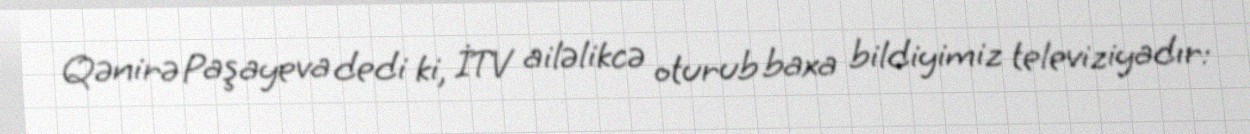
Qənirə Paşayeva dedi ki, İTV ailəlikcə oturub baxa bildiyimiz televiziyadır: